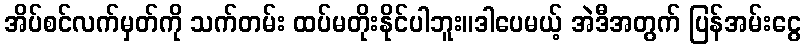
အိပ်စင်လက်မှတ်ကို သက်တမ်း ထပ်မတိုးနိုင်ပါဘူး။ဒါပေမယ့် အဲဒီအတွက် ပြန်အမ်းငွေ